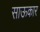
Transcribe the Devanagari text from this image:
साऊकार